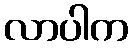
လာပါက